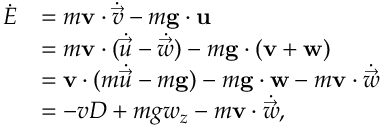
\begin{array} { r l } { \dot { E } } & { = m \mathbf { v } \cdot \dot { \vec { v } } - m \mathbf { g } \cdot \mathbf { u } } \\ & { = m \mathbf { v } \cdot ( \dot { \vec { u } } - \dot { \vec { w } } ) - m \mathbf { g } \cdot ( \mathbf { v } + \mathbf { w } ) } \\ & { = \mathbf { v } \cdot ( m \dot { \vec { u } } - m \mathbf { g } ) - m \mathbf { g } \cdot \mathbf { w } - m \mathbf { v } \cdot \dot { \vec { w } } } \\ & { = - v D + m g w _ { z } - m \mathbf { v } \cdot \dot { \vec { w } } , } \end{array}